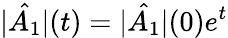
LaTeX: |\hat{A_{1}}|(t)=|\hat{A_{1}}|(0)e^{t}